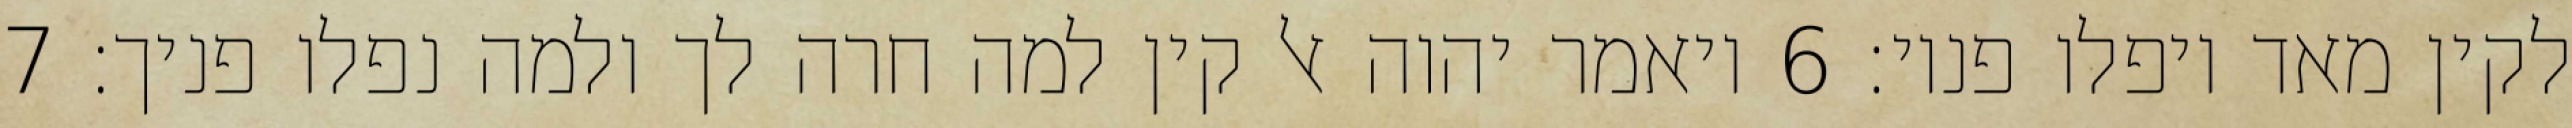
לקין מאד ויפלו פניו׃ ‎6‏ ויאמר יהוה אל קין למה חרה לך ולמה נפלו פניך׃ ‎7‏